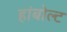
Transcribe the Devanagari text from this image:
हांबोल्ट